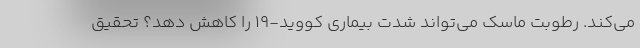
می‌کند. رطوبت ماسک می‌تواند شدت بیماری کووید-19 را کاهش دهد؟ تحقیق